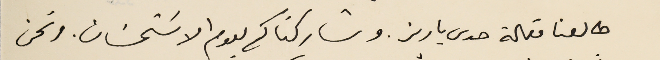
طالعنا مقالة صدى باريز. وشاركناكم ليوم الاسَتحسَان. ونحن